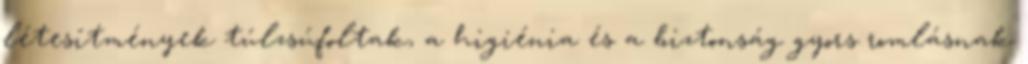
létesítmények túlzsúfoltak, a higiénia és a biztonság gyors romlásnak